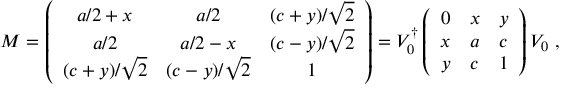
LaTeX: M = \left( \begin{array} { c c c } { { a / 2 + x } } & { { a / 2 } } & { { ( c + y ) / \sqrt { 2 } } } \\ { { a / 2 } } & { { a / 2 - x } } & { { ( c - y ) / \sqrt { 2 } } } \\ { { ( c + y ) / \sqrt { 2 } } } & { { ( c - y ) / \sqrt { 2 } } } & { { 1 } } \end{array} \right) = V _ { 0 } ^ { \dag } \left( \begin{array} { c c c } { { 0 } } & { { x } } & { { y } } \\ { { x } } & { { a } } & { { c } } \\ { { y } } & { { c } } & { { 1 } } \end{array} \right) V _ { 0 } \ ,